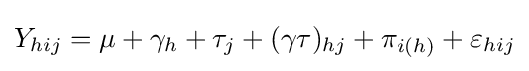
Y_{hij}=\mu +\gamma _{h}+\tau _{j}+(\gamma \tau )_{hj}+\pi _{i(h)}+\varepsilon _{hij}